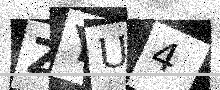
Text: ZYU4